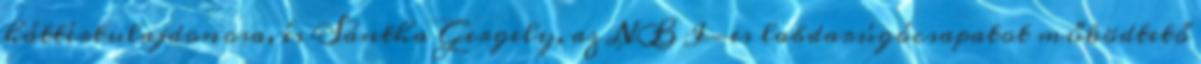
háttértulajdonosa, és Sán­tha Gergely, az NB I-es labdarúgócsapatot működtető